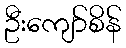
ဦးကျော်စိန်